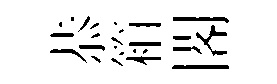
恭箱閣